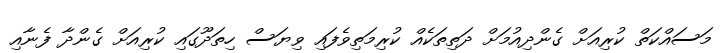
މަސައްކަތް ކުރިއަށް ގެންދިއުމަށް ދަތިތަކެއް ކުރިމަތިވެފައި ވިޔަސް ހިތަދޫގައި ކުރިއަށް ގެންދާ ފެނާއި